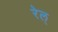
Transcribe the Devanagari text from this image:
रेल्